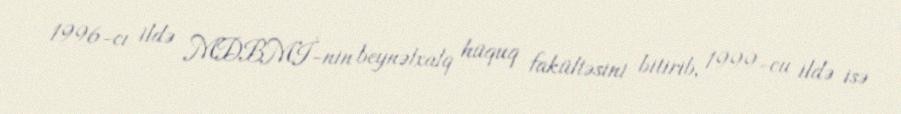
1996-cı ildə MDBMİ-nin beynəlxalq hüquq fakültəsini bitirib, 1999-cu ildə isə